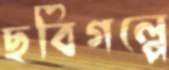
ছবিগল্পে